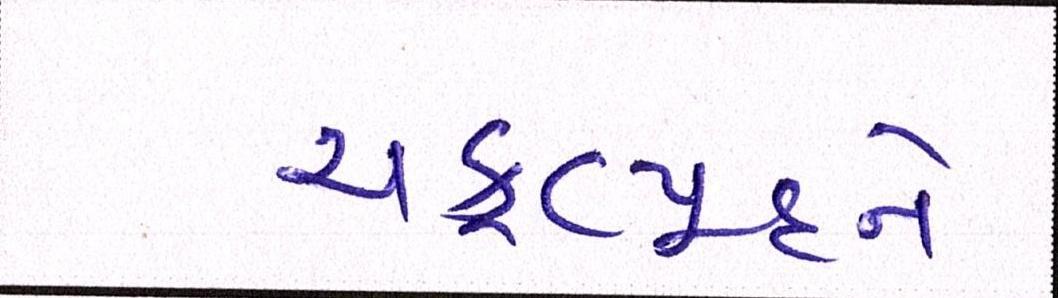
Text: ચક્રવ્યૂહને